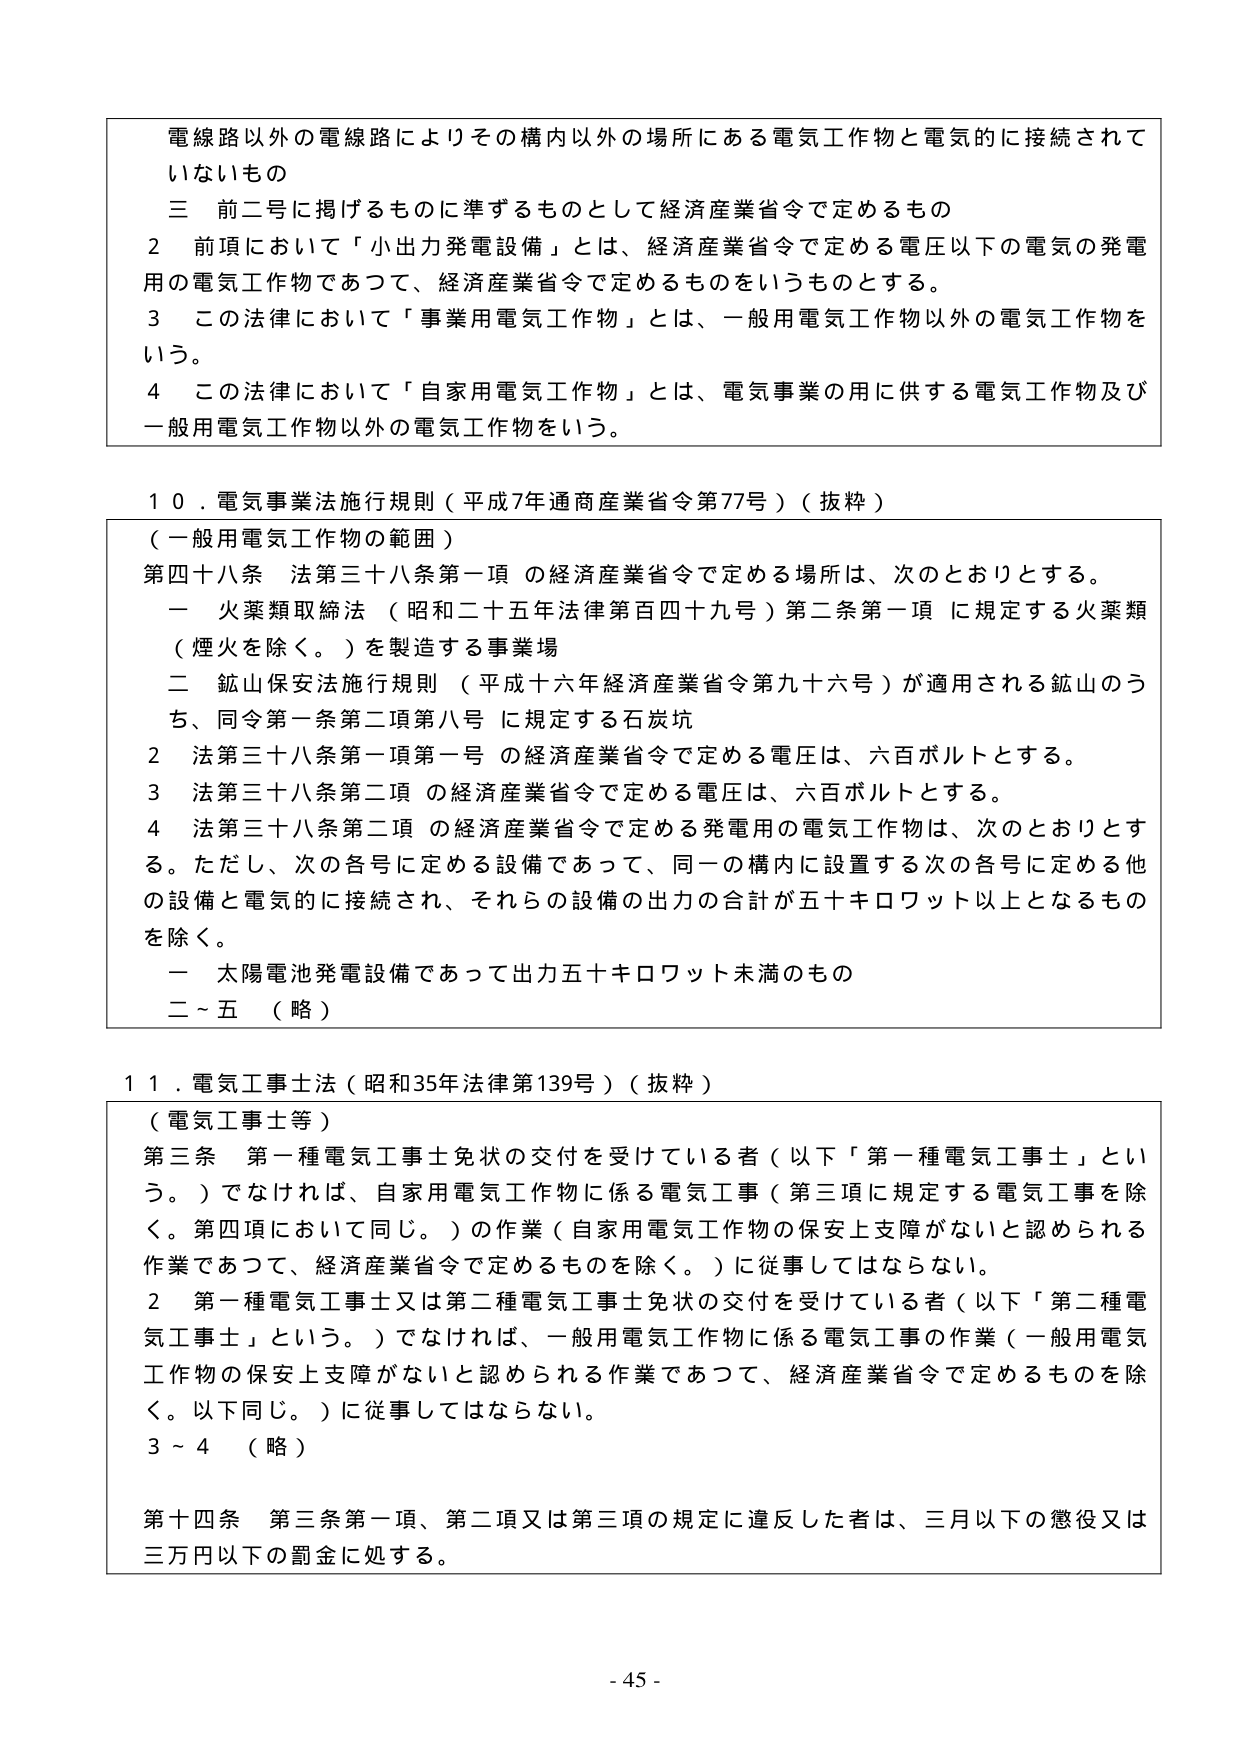
電線路以外の電線路によりその構内以外の場所にある電気工作物と電気的に接続されていないもの
三 前二号に掲げるものに準ずるものとして経済産業省令で定めるもの
2 前項において「小出力発電設備」とは、経済産業省令で定める電圧以下の電気の発電用の電気工作物であって、経済産業省令で定めるものをいうものとする。
3 この法律において「事業用電気工作物」とは、一般用電気工作物以外の電気工作物をいう。
4 この法律において「自家用電気工作物」とは、電気事業の用に供する電気工作物及び一般用電気工作物以外の電気工作物をいう。

10．電気事業法施行規則（平成7年通商産業省令第77号）（抜粋）
（一般用電気工作物の範囲）
第四十八条 法第三十八条第一項 の経済産業省令で定める場所は、次のとおりとする。
一 火薬類取締法（昭和二十五年法律第百四十九号）第二条第一項 に規定する火薬類（煙火を除く。）を製造する事業場
二 鉱山保安法施行規則（平成十六年経済産業省令第九十六号）が適用される鉱山のうち、同令第一条第二項第八号 に規定する石炭坑
2 法第三十八条第一項第一号 の経済産業省令で定める電圧は、六百ボルトとする。
3 法第三十八条第二項 の経済産業省令で定める電圧は、六百ボルトとする。
4 法第三十八条第二項 の経済産業省令で定める発電用の電気工作物は、次のとおりとする。ただし、次の各号に定める設備であって、同一の構内に設置する次の各号に定める他の設備と電気的に接続され、それらの設備の出力の合計が五十キロワット以上となるものを除く。
一 太陽電池発電設備であって出力五十キロワット未満のもの
二～五 （略）

11．電気工事士法（昭和35年法律第139号）（抜粋）
（電気工事士等）
第三条 第一種電気工事士免状の交付を受けている者（以下「第一種電気工事士」という。）でなければ、自家用電気工作物に係る電気工事（第三項に規定する電気工事を除く。第四項において同じ。）の作業（自家用電気工作物の保安上支障がないと認められる作業であって、経済産業省令で定めるものを除く。）に従事してはならない。
2 第一種電気工事士又は第二種電気工事士免状の交付を受けている者（以下「第二種電気工事士」という。）でなければ、一般用電気工作物に係る電気工事の作業（一般用電気工作物の保安上支障がないと認められる作業であって、経済産業省令で定めるものを除く。以下同じ。）に従事してはならない。
3～4 （略）
第十四条 第三条第一項、第二項又は第三項の規定に違反した者は、三月以下の懲役又は三万円以下の罰金に処する。

- 45 -